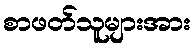
စာဖတ်သူများအား